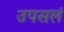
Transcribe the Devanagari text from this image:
उपसलं